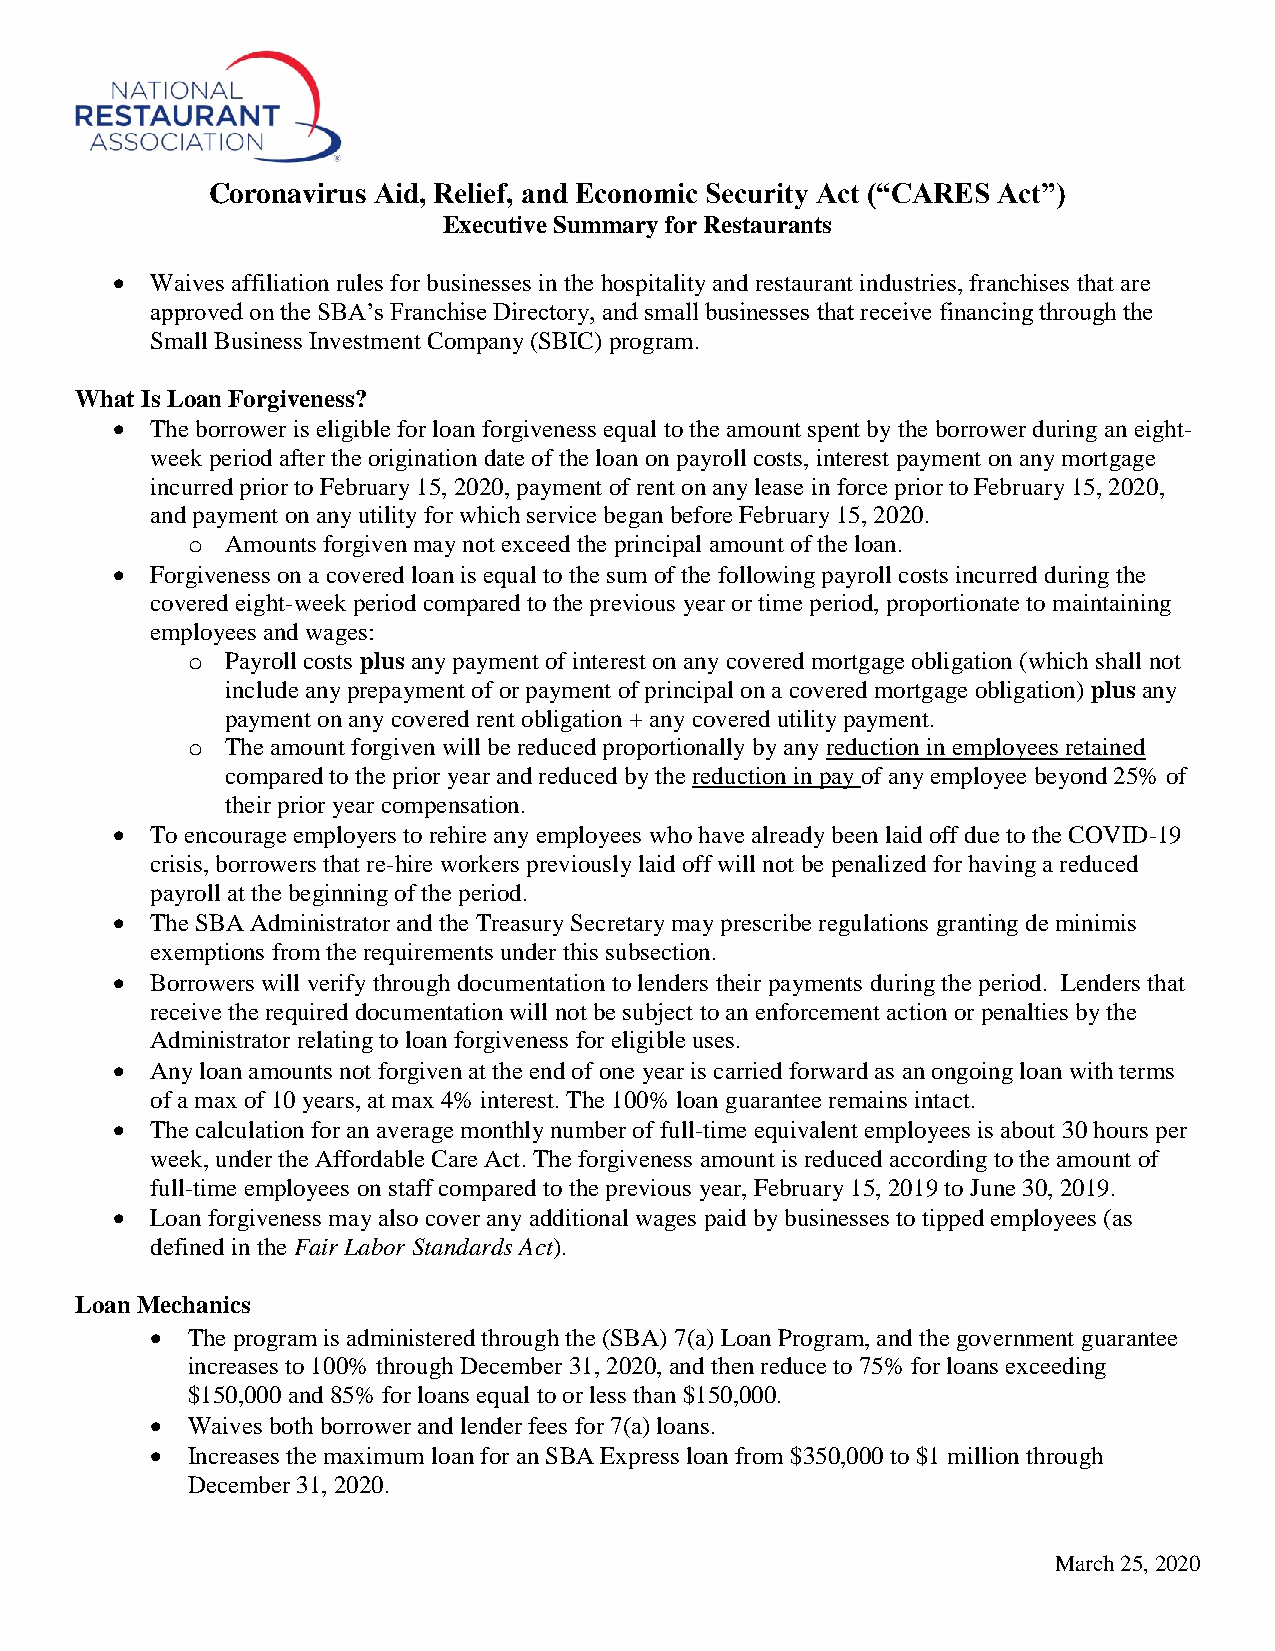
Coronavirus Aid, Relief, and Economic Security Act (“CARES Act”)
 Executive Summary for Restaurants
   Waives affiliation rules for businesses in the hospitality and restaurant industries, franchises that are
 approved on the SBA’s Franchise Directory, and small businesses that receive financing through the
 Small Business Investment Company (SBIC) program.
 What Is Loan Forgiveness?
   The borrower is eligible for loan forgiveness equal to the amount spent by the borrower during an eight-
 week period after the origination date of the loan on payroll costs, interest payment on any mortgage
 incurred prior to February 15, 2020, payment of rent on any lease in force prior to February 15, 2020,
 and payment on any utility for which service began before February 15, 2020.
 o  Amounts forgiven may not exceed the principal amount of the loan.
   Forgiveness on a covered loan is equal to the sum of the following payroll costs incurred during the
 covered eight-week period compared to the previous year or time period, proportionate to maintaining
 employees and wages:
 o  Payroll costs plus any payment of interest on any covered mortgage obligation (which shall not
 include any prepayment of or payment of principal on a covered mortgage obligation) plus any
 payment on any covered rent obligation + any covered utility payment.
 o  The amount forgiven will be reduced proportionally by any reduction in employees retained
 compared to the prior year and reduced by the reduction in pay of any employee beyond 25% of
 their prior year compensation.
   To encourage employers to rehire any employees who have already been laid off due to the COVID-19
 crisis, borrowers that re-hire workers previously laid off will not be penalized for having a reduced
 payroll at the beginning of the period.
   The SBA Administrator and the Treasury Secretary may prescribe regulations granting de minimis
 exemptions from the requirements under this subsection.
   Borrowers will verify through documentation to lenders their payments during the period. Lenders that
 receive the required documentation will not be subject to an enforcement action or penalties by the
 Administrator relating to loan forgiveness for eligible uses.
   Any loan amounts not forgiven at the end of one year is carried forward as an ongoing loan with terms
 of a max of 10 years, at max 4% interest. The 100% loan guarantee remains intact.
   The calculation for an average monthly number of full-time equivalent employees is about 30 hours per
 week, under the Affordable Care Act. The forgiveness amount is reduced according to the amount of
 full-time employees on staff compared to the previous year, February 15, 2019 to June 30, 2019.
   Loan forgiveness may also cover any additional wages paid by businesses to tipped employees (as
 defined in the Fair Labor Standards Act).
 Loan Mechanics
  The program is administered through the (SBA) 7(a) Loan Program, and the government guarantee
 increases to 100% through December 31, 2020, and then reduce to 75% for loans exceeding
 $150,000 and 85% for loans equal to or less than $150,000.
  Waives both borrower and lender fees for 7(a) loans.
  Increases the maximum loan for an SBA Express loan from $350,000 to $1 million through
 December 31, 2020.
 March 25, 2020